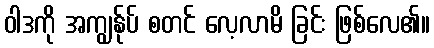
ဝါဒကို အကျွန်ုပ် စတင် လေ့လာမိ ခြင်း ဖြစ်လေ၏။